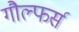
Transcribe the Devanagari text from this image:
गौल्फर्स